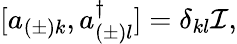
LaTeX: [a_{(\pm)k},a_{(\pm)l}^{\dagger}]=\delta_{kl}{\cal I},